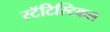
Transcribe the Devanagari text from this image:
स्टॅटिस्टिकल